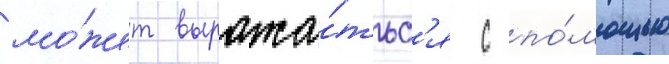
мо́жет выража́тьс'я с по́мощью